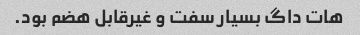
هات داگ بسیار سفت و غیرقابل هضم بود.